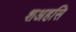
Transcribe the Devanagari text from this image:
शअहसि